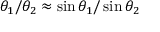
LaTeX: \theta _ { 1 } / \theta _ { 2 } \approx \sin \theta _ { 1 } / \sin \theta _ { 2 }